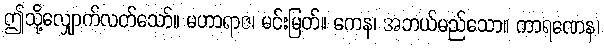
ဤသို့လျှောက်လတ်သော်။ မဟာရာဇ၊ မင်းမြတ်။ ကေန၊ အဘယ်မည်သော။ ကာရဏေန၊